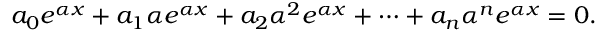
a _ { 0 } e ^ { \alpha x } + a _ { 1 } \alpha e ^ { \alpha x } + a _ { 2 } \alpha ^ { 2 } e ^ { \alpha x } + \cdots + a _ { n } \alpha ^ { n } e ^ { \alpha x } = 0 .